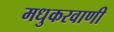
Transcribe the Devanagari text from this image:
मधुकरवाणी